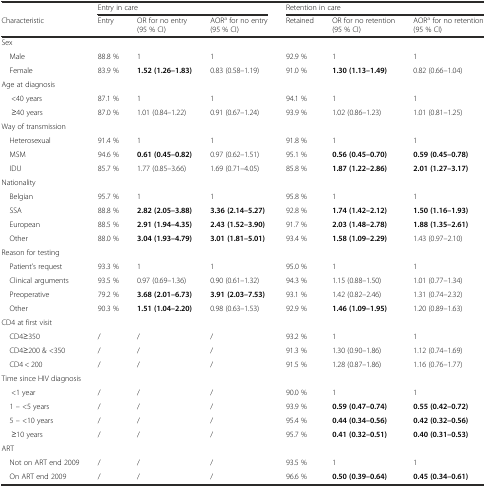
<table><thead><tr><td></td><td colspan="3"><b>Entry in care</b></td><td colspan="3"><b>Retention in care</b></td></tr><tr><td><b>Characteristic</b></td><td><b>Entry</b></td><td><b>OR for no entry (95 % CI)</b></td><td><b>AOR<sup>a</sup> for no entry (95 % CI)</b></td><td><b>Retained</b></td><td><b>OR for no retention (95 % CI)</b></td><td><b>AOR<sup>a</sup> for no retention (95 % CI)</b></td></tr></thead><tbody><tr><td>Sex</td><td></td><td></td><td></td><td></td><td></td><td></td></tr><tr><td> Male</td><td>88.8 %</td><td>1</td><td>1</td><td>92.9 %</td><td>1</td><td>1</td></tr><tr><td> Female</td><td>83.9 %</td><td><b>1.52 (1.26–1.83)</b></td><td>0.83 (0.58–1.19)</td><td>91.0 %</td><td><b>1.30 (1.13–1.49)</b></td><td>0.82 (0.66–1.04)</td></tr><tr><td>Age at diagnosis</td><td></td><td></td><td></td><td></td><td></td><td></td></tr><tr><td>&lt;40 years</td><td>87.1 %</td><td>1</td><td>1</td><td>94.1 %</td><td>1</td><td>1</td></tr><tr><td>≥40 years</td><td>87.0 %</td><td>1.01 (0.84–1.22)</td><td>0.91 (0.67–1.24)</td><td>93.9 %</td><td>1.02 (0.86–1.23)</td><td>1.01 (0.81–1.25)</td></tr><tr><td>Way of transmission</td><td></td><td></td><td></td><td></td><td></td><td></td></tr><tr><td> Heterosexual</td><td>91.4 %</td><td>1</td><td>1</td><td>91.8 %</td><td>1</td><td>1</td></tr><tr><td> MSM</td><td>94.6 %</td><td><b>0.61 (0.45–0.82)</b></td><td>0.97 (0.62–1.51)</td><td>95.1 %</td><td><b>0.56 (0.45–0.70)</b></td><td><b>0.59 (0.45–0.78)</b></td></tr><tr><td> IDU</td><td>85.7 %</td><td>1.77 (0.85–3.66)</td><td>1.69 (0.71–4.05)</td><td>85.8 %</td><td><b>1.87 (1.22–2.86)</b></td><td><b>2.01 (1.27–3.17)</b></td></tr><tr><td>Nationality</td><td></td><td></td><td></td><td></td><td></td><td></td></tr><tr><td> Belgian</td><td>95.7 %</td><td>1</td><td>1</td><td>95.8 %</td><td>1</td><td>1</td></tr><tr><td> SSA</td><td>88.8 %</td><td><b>2.82 (2.05–3.88)</b></td><td><b>3.36 (2.14–5.27)</b></td><td>92.8 %</td><td><b>1.74 (1.42–2.12)</b></td><td><b>1.50 (1.16–1.93)</b></td></tr><tr><td> European</td><td>88.5 %</td><td><b>2.91 (1.94–4.35)</b></td><td><b>2.43 (1.52–3.90)</b></td><td>91.7 %</td><td><b>2.03 (1.48–2.78)</b></td><td><b>1.88 (1.35–2.61)</b></td></tr><tr><td> Other</td><td>88.0 %</td><td><b>3.04 (1.93–4.79)</b></td><td><b>3.01 (1.81–5.01)</b></td><td>93.4 %</td><td><b>1.58 (1.09–2.29)</b></td><td>1.43 (0.97–2.10)</td></tr><tr><td>Reason for testing</td><td></td><td></td><td></td><td></td><td></td><td></td></tr><tr><td> Patient’s request</td><td>93.3 %</td><td>1</td><td>1</td><td>95.0 %</td><td>1</td><td>1</td></tr><tr><td> Clinical arguments</td><td>93.5 %</td><td>0.97 (0.69–1.36)</td><td>0.90 (0.61–1.32)</td><td>94.3 %</td><td>1.15 (0.88–1.50)</td><td>1.01 (0.77–1.34)</td></tr><tr><td> Preoperative</td><td>79.2 %</td><td><b>3.68 (2.01–6.73)</b></td><td><b>3.91 (2.03–7.53)</b></td><td>93.1 %</td><td>1.42 (0.82–2.46)</td><td>1.31 (0.74–2.32)</td></tr><tr><td> Other</td><td>90.3 %</td><td><b>1.51 (1.04–2.20)</b></td><td>0.98 (0.63–1.53)</td><td>92.9 %</td><td><b>1.46 (1.09–1.95)</b></td><td>1.20 (0.89–1.63)</td></tr><tr><td>CD4 at first visit</td><td></td><td></td><td></td><td></td><td></td><td></td></tr><tr><td> CD4≥350</td><td>/</td><td>/</td><td>/</td><td>93.2 %</td><td>1</td><td>1</td></tr><tr><td> CD4≥200 &amp; &lt;350</td><td>/</td><td>/</td><td>/</td><td>91.3 %</td><td>1.30 (0.90–1.86)</td><td>1.12 (0.74–1.69)</td></tr><tr><td> CD4 &lt; 200</td><td>/</td><td>/</td><td>/</td><td>91.5 %</td><td>1.28 (0.87–1.86)</td><td>1.16 (0.76–1.77)</td></tr><tr><td colspan="2">Time since HIV diagnosis</td><td></td><td></td><td></td><td></td><td></td></tr><tr><td>&lt;1 year</td><td>/</td><td>/</td><td>/</td><td>90.0 %</td><td>1</td><td>1</td></tr><tr><td> 1 – &lt;5 years</td><td>/</td><td>/</td><td>/</td><td>93.9 %</td><td><b>0.59 (0.47–0.74)</b></td><td><b>0.55 (0.42–0.72)</b></td></tr><tr><td> 5 – &lt;10 years</td><td>/</td><td>/</td><td>/</td><td>95.4 %</td><td><b>0.44 (0.34–0.56)</b></td><td><b>0.42 (0.32–0.56)</b></td></tr><tr><td>≥10 years</td><td>/</td><td>/</td><td>/</td><td>95.7 %</td><td><b>0.41 (0.32–0.51)</b></td><td><b>0.40 (0.31–0.53)</b></td></tr><tr><td>ART</td><td></td><td></td><td></td><td></td><td></td><td></td></tr><tr><td> Not on ART end 2009</td><td>/</td><td>/</td><td>/</td><td>93.5 %</td><td>1</td><td>1</td></tr><tr><td> On ART end 2009</td><td>/</td><td>/</td><td>/</td><td>96.6 %</td><td><b>0.50 (0.39–0.64)</b></td><td><b>0.45 (0.34–0.61)</b></td></tr></tbody></table>